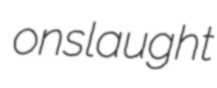
onslaught